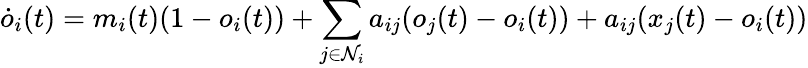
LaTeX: \dot{o}_{i}(t)=m_{i}(t)(1-o_{i}(t))+\sum_{j\in\mathcal{N}_{i}}a_{ij}(o_{j}(t)-o_{i}(t))+a_{ij}(x_{j}(t)-o_{i}(t))